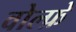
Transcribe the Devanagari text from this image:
वोल्फ़े